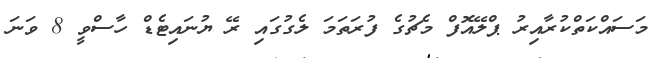
މަސައްކަތްކުރާއިރު ޕްލޭއޮފް މެޗުގެ ފުރަތަމަ ލެގުގައި ރޭ ޔުނައިޓެޑް ހާސްވީ 8 ވަނަ